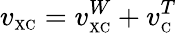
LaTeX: v_{\scriptscriptstyle\mathrm{XC}}=v_{\scriptscriptstyle\mathrm{XC}}^{W}+v_{\scriptscriptstyle\mathrm{C}}^{T}